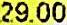
29.00